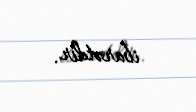
ibarətdir.